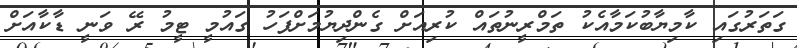
ގަތަރުގައި ކާމިޔާބުކަމާއެކު ތަމްރީނުތައް ކުރިއަށް ގެންދިޔުމަށްފަހު ގައުމީ ޓީމު ރޭ ވަނީ ޑާކާއަށް